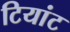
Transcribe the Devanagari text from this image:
टियांट